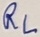
Text: RL